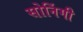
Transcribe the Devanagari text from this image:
सोनिंगी